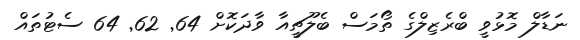
ނަޑާލް މޮޅުވީ ބްރެޒިލްގެ ތޯމަސް ބެލޫޗީއާ ވާދަކޮށް 64